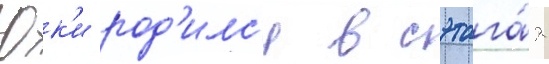
Юк'и род'илс'я в сэтага́я